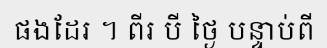
ផងដែរ ។ ពីរ បី ថ្ងៃ បន្ទាប់ពី